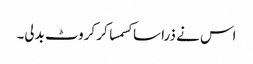
اس نے ذرا سا کسمسا کر کروٹ بدلی۔